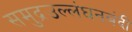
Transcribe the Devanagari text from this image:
समुद्रउल्लंघनबंदी